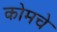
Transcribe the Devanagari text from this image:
कोमचे